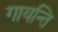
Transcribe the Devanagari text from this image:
गायन्ति